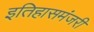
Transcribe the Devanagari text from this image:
इतिहासमंजरी